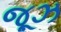
જૂઝ